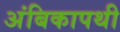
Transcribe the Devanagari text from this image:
अंबिकापथी